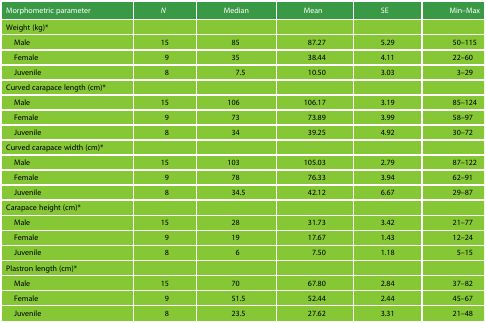
| Morphometric parameter | N | Median | Mean | SE | Min–Max |
 | --- | --- | --- | --- | --- | --- |
 | Weight (kg)* |  |  |  |  |  |
 | Male | 15 | 85 | 87.27 | 5.29 | 50–115 |
 | Female | 9 | 35 | 38.44 | 4.11 | 22–60 |
 | Juvenile | 8 | 7.5 | 10.50 | 3.03 | 3–29 |
 | Curved carapace length (cm)* |  |  |  |  |  |
 | Male | 15 | 106 | 106.17 | 3.19 | 85–124 |
 | Female | 9 | 73 | 73.89 | 3.99 | 58–97 |
 | Juvenile | 8 | 34 | 39.25 | 4.92 | 30–72 |
 | Curved carapace width (cm)* |  |  |  |  |  |
 | Male | 15 | 103 | 105.03 | 2.79 | 87–122 |
 | Female | 9 | 78 | 76.33 | 3.94 | 62–91 |
 | Juvenile | 8 | 34.5 | 42.12 | 6.67 | 29–87 |
 | Carapace height (cm)* |  |  |  |  |  |
 | Male | 15 | 28 | 31.73 | 3.42 | 21–77 |
 | Female | 9 | 19 | 17.67 | 1.43 | 12–24 |
 | Juvenile | 8 | 6 | 7.50 | 1.18 | 5–15 |
 | Plastron length (cm)* |  |  |  |  |  |
 | Male | 15 | 70 | 67.80 | 2.84 | 37–82 |
 | Female | 9 | 51.5 | 52.44 | 2.44 | 45–67 |
 | Juvenile | 8 | 23.5 | 27.62 | 3.31 | 21–48 |